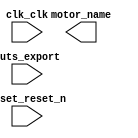

module niosLab2 (
	buts_export,
	clk_clk,
	motor_name,
	reset_reset_n);	

	input	[3:0]	buts_export;
	input		clk_clk;
	output	[3:0]	motor_name;
	input		reset_reset_n;
endmodule